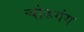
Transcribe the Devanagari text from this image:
चोडगंग